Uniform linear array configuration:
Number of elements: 64
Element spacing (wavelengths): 0.5
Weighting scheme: kaiser
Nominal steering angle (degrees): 30
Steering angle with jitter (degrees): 31.891
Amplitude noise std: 0.05
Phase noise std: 0.05

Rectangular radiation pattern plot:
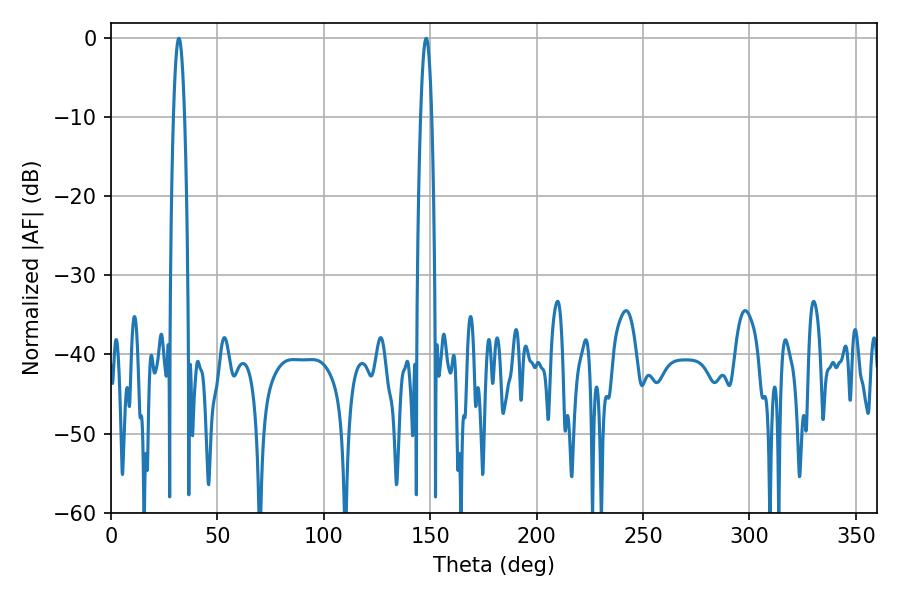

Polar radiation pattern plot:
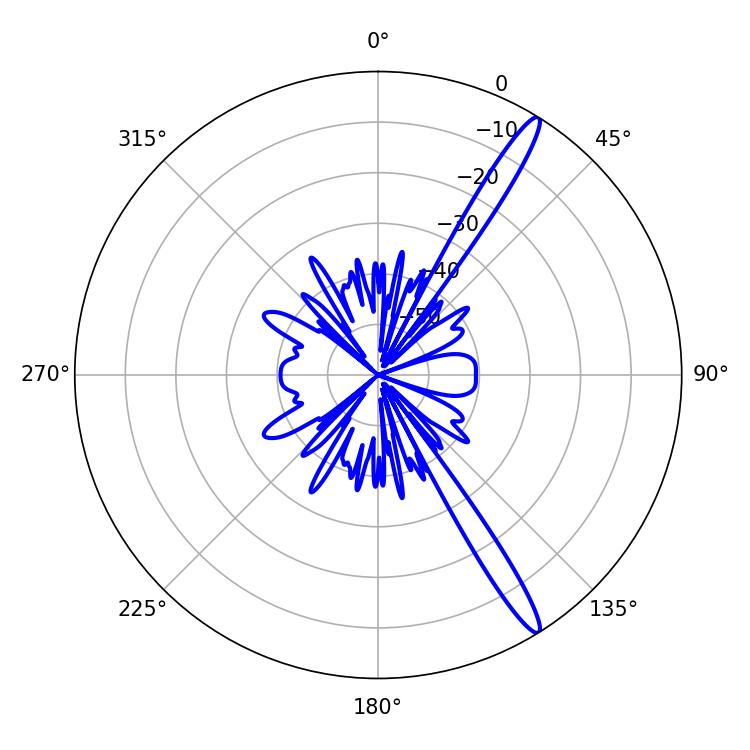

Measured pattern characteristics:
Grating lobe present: FALSE
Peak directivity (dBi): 15.402
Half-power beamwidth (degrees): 2.88
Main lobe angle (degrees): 148.14